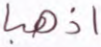
اذهبا